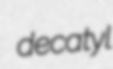
decatyl